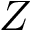
Z